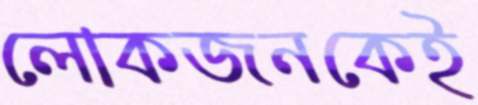
লোকজনকেই